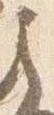
之